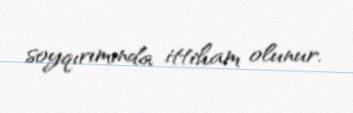
soyqırımında ittiham olunur.